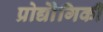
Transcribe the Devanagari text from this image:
प्रोद्यौेगिकी